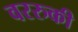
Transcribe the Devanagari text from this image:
वररुकी